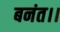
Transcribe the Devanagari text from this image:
बनंत।।